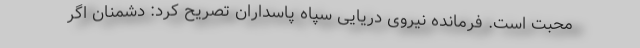
محبت است. فرمانده نیروی دریایی سپاه پاسداران تصریح کرد: دشمنان اگر